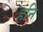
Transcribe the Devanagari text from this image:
हनि